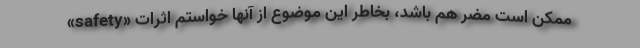
ممکن است مضر هم باشد، بخاطر این موضوع از آنها خواستم اثرات «safety»